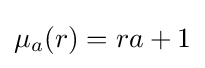
\mu _{a}(r)=ra+1